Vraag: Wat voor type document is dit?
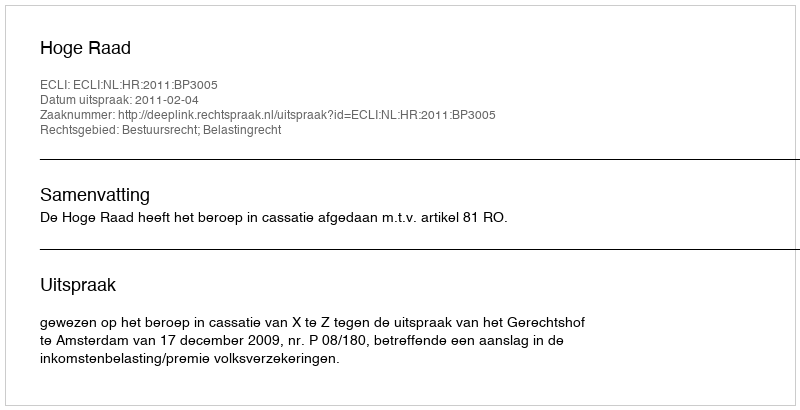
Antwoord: Uitspraak